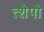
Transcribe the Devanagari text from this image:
त्शेपो